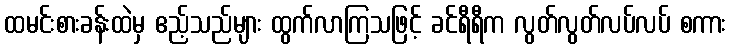
ထမင်းစားခန်းထဲမှ ဧည့်သည်များ ထွက်လာကြသဖြင့် ခင်ရီရီက လွတ်လွတ်လပ်လပ် စကား